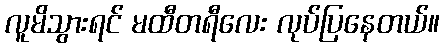
လူမိသွားရင် မထီတရီလေး လုပ်ပြနေတယ်။